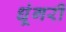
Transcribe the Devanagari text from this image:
धूंगरी